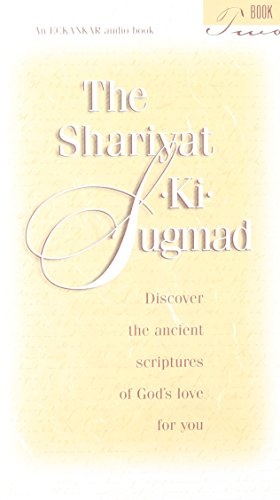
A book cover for The Shariyat-Ki-Sugmad; Paul Twitchell; Religion & Spirituality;